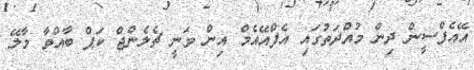
އޭއެފްސީން ދިން މުއްދަތުގައި އެފްއޭއެމް އިން ވަނީ ޗެލެންޖް ކަޕް ބާއްވާ މާލޭ